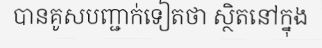
បានគូសបញ្ជាក់ទៀតថា ស្ថិតនៅក្នុង